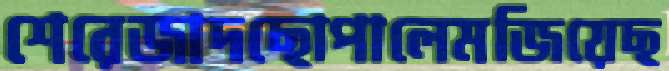
শেরেজাদছোপালেমজিয়েছ